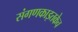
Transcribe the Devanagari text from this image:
संगणकाइतकेच